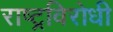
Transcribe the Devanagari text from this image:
राष्‍ट्रविरोधी